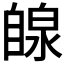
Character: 𫇋